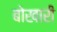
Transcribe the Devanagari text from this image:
बोखारी